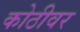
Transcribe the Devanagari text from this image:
कोठीवर